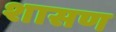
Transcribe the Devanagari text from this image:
शासण